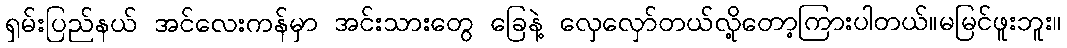
ရှမ်းပြည်နယ် အင်လေးကန်မှာ အင်းသားတွေ ခြေနဲ့ လှေလှော်တယ်လို့တော့ကြားပါတယ်။မမြင်ဖူးဘူး။